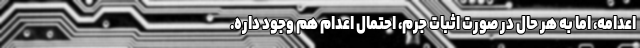
اعدامه، اما به هر حال در صورت اثبات جرم، احتمال اعدام هم وجود داره.